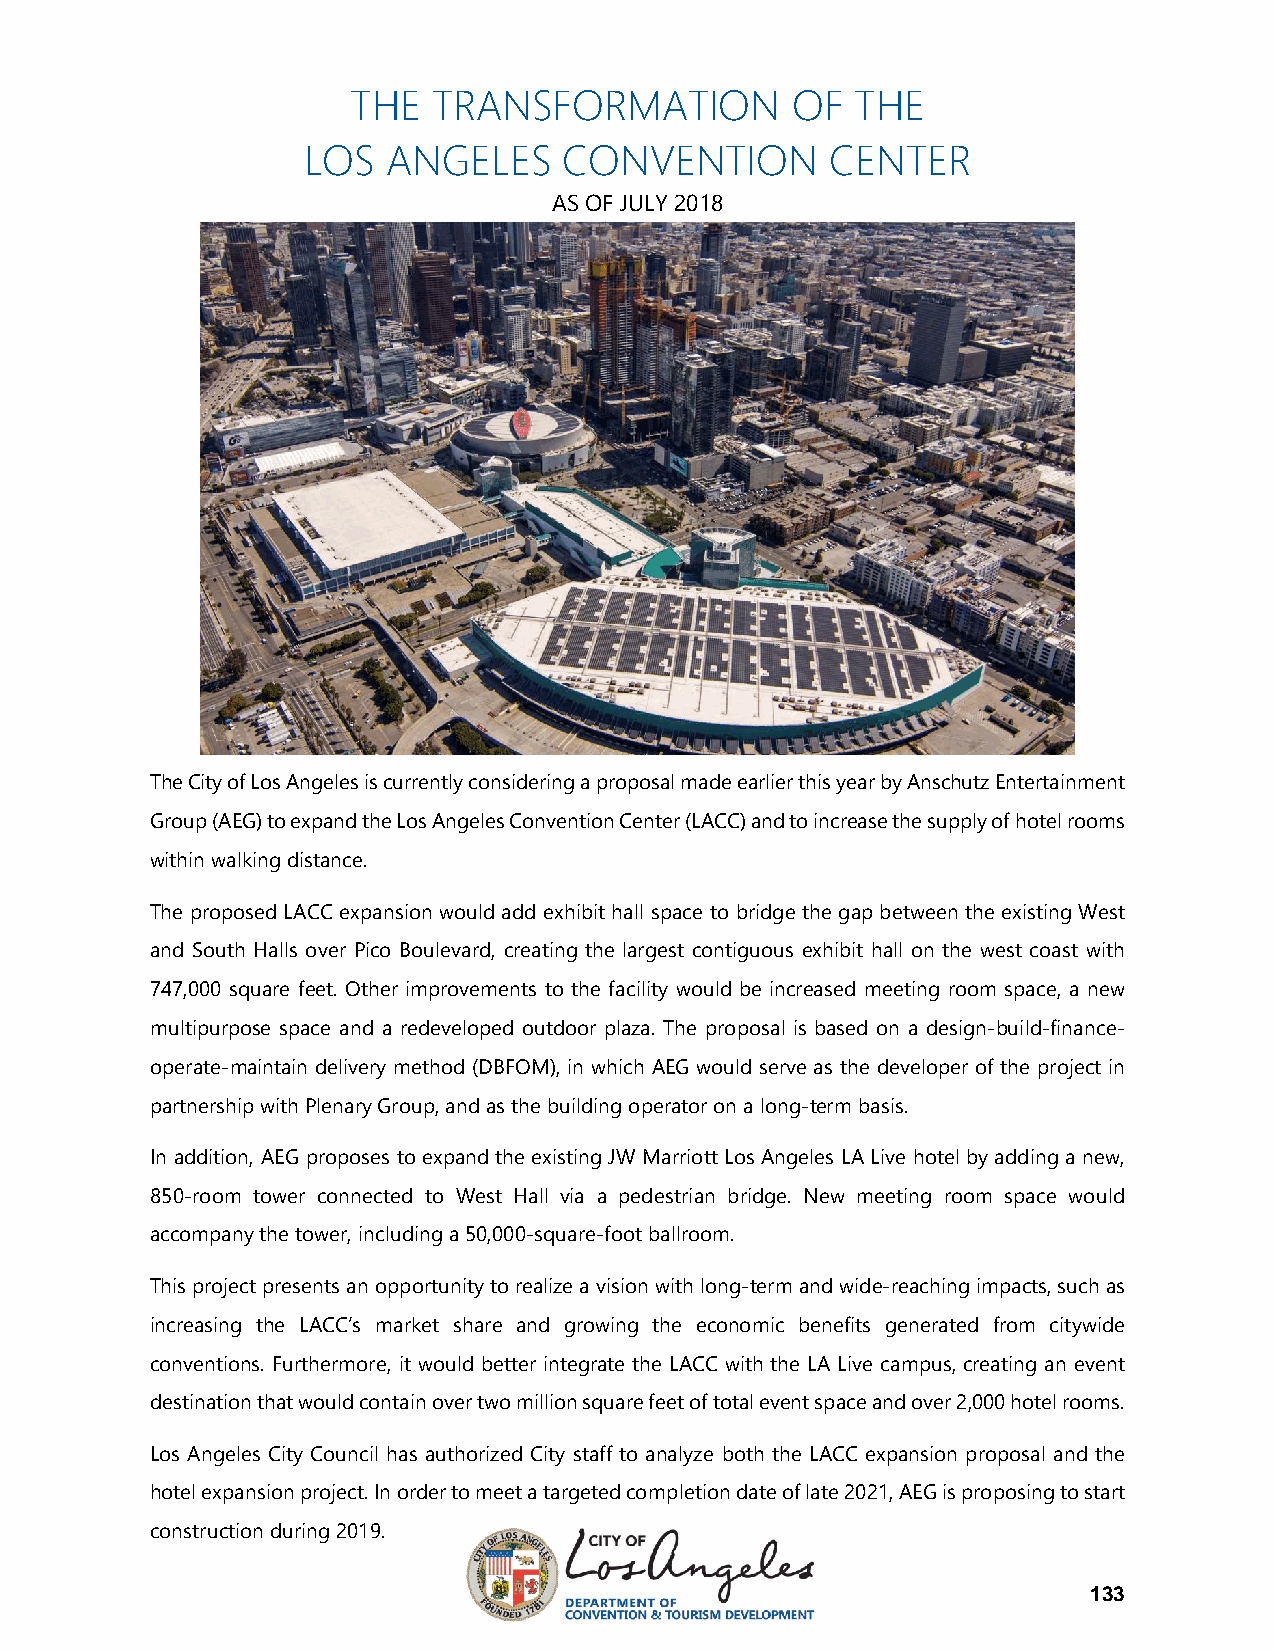
THE   TRANSFORMATION         OF   THE
 LOS   ANGELES    CONVENTION        CENTER
 AS OF JULY 2018
 The City of Los Angeles is currently considering a proposal made earlier this year by Anschutz Entertainment
 Group (AEG) to expand the Los Angeles Convention Center (LACC) and to increase the supply of hotel rooms
 within walking distance.
 The proposed LACC expansion would add exhibit hall space to bridge the gap between the existing West
 and South Halls over Pico Boulevard, creating the largest contiguous exhibit hall on the west coast with
 747,000 square feet. Other improvements to the facility would be increased meeting room space, a new
 multipurpose space and a redeveloped outdoor plaza. The proposal is based on a design-build-finance-
 operate-maintain delivery method (DBFOM), in which AEG would serve as the developer of the project in
 partnership with Plenary Group, and as the building operator on a long-term basis.
 In addition, AEG proposes to expand the existing JW Marriott Los Angeles LA Live hotel by adding a new,
 850-room tower connected to West Hall via a pedestrian bridge. New meeting room space would
 accompany the tower, including a 50,000-square-foot ballroom.
 This project presents an opportunity to realize a vision with long-term and wide-reaching impacts, such as
 increasing the LACC’s market share and growing the economic benefits generated from citywide
 conventions. Furthermore, it would better integrate the LACC with the LA Live campus, creating an event
 destination that would contain over two million square feet of total event space and over 2,000 hotel rooms.
 Los Angeles City Council has authorized City staff to analyze both the LACC expansion proposal and the
 hotel expansion project. In order to meet a targeted completion date of late 2021, AEG is proposing to start
 construction during 2019.
 133